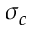
\sigma _ { c }